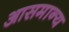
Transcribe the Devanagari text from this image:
आसमान्य